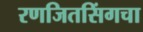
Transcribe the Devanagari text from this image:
रणजितसिंगचा